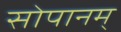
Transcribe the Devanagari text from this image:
सोपानम्